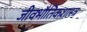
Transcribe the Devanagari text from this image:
जीवभौतिकशास्त्र